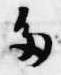
多